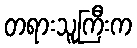
တရားသူကြီးက